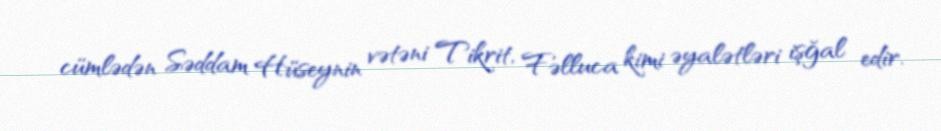
cümlədən Səddam Hüseynin vətəni Tikrit, Fəlluca kimi əyalətləri işğal edir.